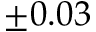
\pm 0 . 0 3